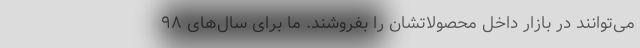
می‌توانند در بازار داخل محصولاتشان را بفروشند. ما برای سال‌های ۹۸